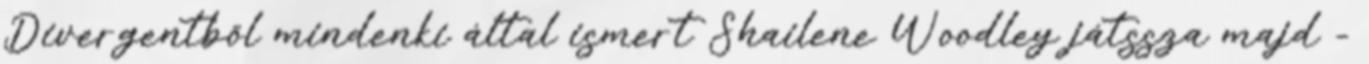
Divergentből mindenki által ismert Shailene Woodley játssza majd -